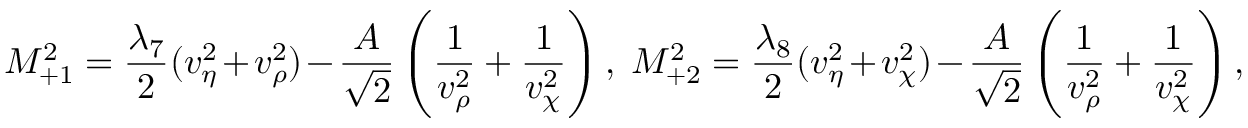
M _ { + 1 } ^ { 2 } = \frac { \lambda _ { 7 } } { 2 } ( v _ { \eta } ^ { 2 } + v _ { \rho } ^ { 2 } ) - \frac { A } { \sqrt 2 } \left( \frac { 1 } { v _ { \rho } ^ { 2 } } + \frac { 1 } { v _ { \chi } ^ { 2 } } \right) , \; M _ { + 2 } ^ { 2 } = \frac { \lambda _ { 8 } } { 2 } ( v _ { \eta } ^ { 2 } + v _ { \chi } ^ { 2 } ) - \frac { A } { \sqrt 2 } \left( \frac { 1 } { v _ { \rho } ^ { 2 } } + \frac { 1 } { v _ { \chi } ^ { 2 } } \right) , \;